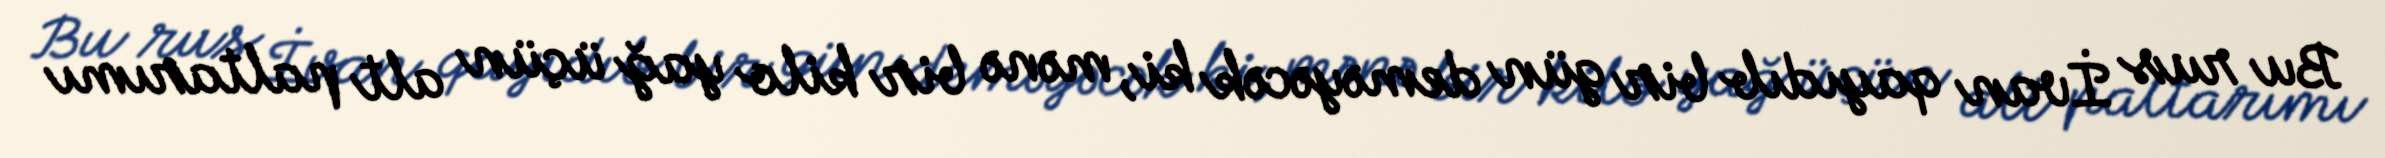
Bu rus İvan qayıdıb bir gün deməyəcək ki, mənə bir kilo yağ üçün alt paltarımı